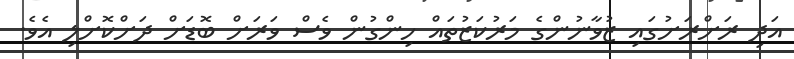
އަދި ރަށްރަށުގައި ޒުވާނުންގެ މަރުކަޒުތައް ހިންގުން ވެސް ވަރަށް ބޮޑަށް ދަށްކޮށްލި އެވެ.